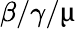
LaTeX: \beta/\gamma/\upmu